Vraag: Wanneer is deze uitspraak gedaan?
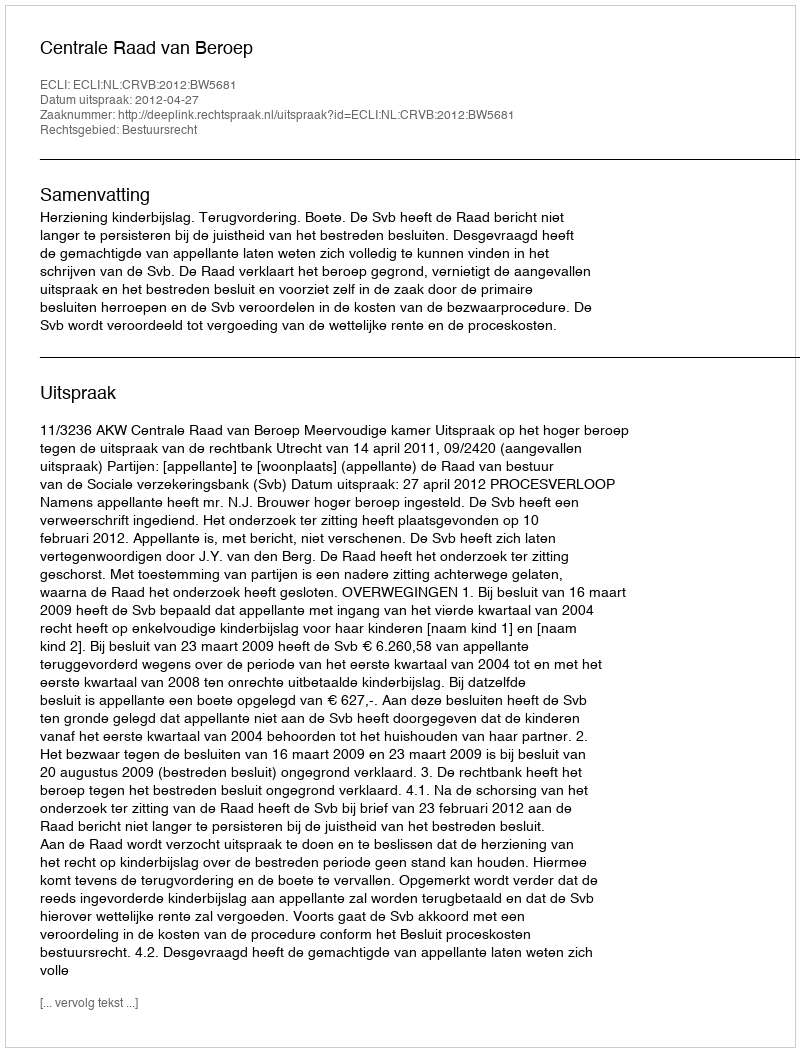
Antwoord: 2012-04-27